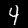
Label: 4